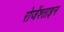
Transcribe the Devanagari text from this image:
रोजेंश्ताइन